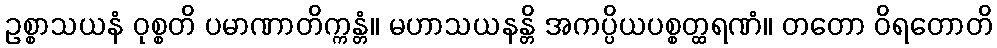
ဥစ္စာသယနံ ဝုစ္စတိ ပမာဏာတိက္ကန္တံ။ မဟာသယနန္တိ အကပ္ပိယပစ္စတ္ထရဏံ။ တတော ဝိရတောတိ